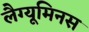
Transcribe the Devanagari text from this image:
लैग्यूमिनस